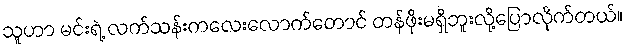
သူဟာ မင်းရဲ့ လက်သန်းကလေးလောက်တောင် တန်ဖိုးမရှိဘူးလို့ပြောလိုက်တယ်။